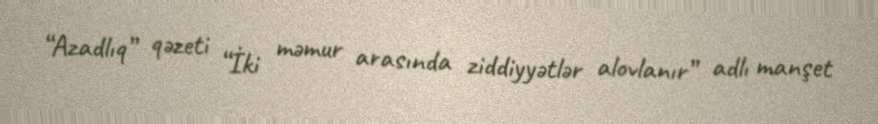
“Azadlıq” qəzeti “İki məmur arasında ziddiyyətlər alovlanır” adlı manşet